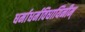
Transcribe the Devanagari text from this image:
धर्माधर्मविधायिनीम्